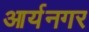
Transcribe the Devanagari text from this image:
आर्यनगर